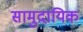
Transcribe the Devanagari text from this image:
सामुदायिक